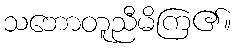
သဘောတူညီမိကြ၏။